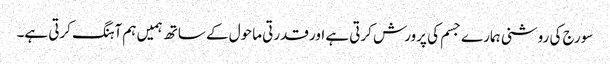
سورج کی روشنی ہمارے جسم کی پرورش کرتی ہے اور قدرتی ماحول کے ساتھ ہمیں ہم آہنگ کرتی ہے۔